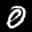
Label: 0